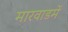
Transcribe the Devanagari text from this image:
मारवाडमें